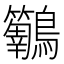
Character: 𮭝